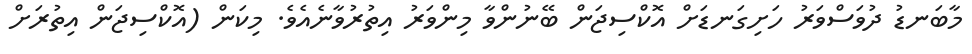
މާބަނޑު ދުވަސްވަރު ހަށިގަނޑަށް އޮކްސިޖަން ބޭނުންވާ މިންވަރު އިތުރުވާނެއެވެ. މިކަން (އޮކްސިޖަން އިތުރަށް